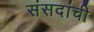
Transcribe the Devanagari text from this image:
संसदांची